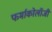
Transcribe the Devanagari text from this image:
फर्माकोलॉजी